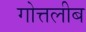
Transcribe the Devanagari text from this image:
गोत्तलीब